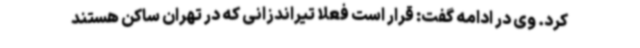
کرد. وی در ادامه گفت: قرار است فعلا تیراندزانی که در تهران ساکن هستند